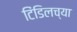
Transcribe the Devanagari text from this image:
टिंडिलच्या